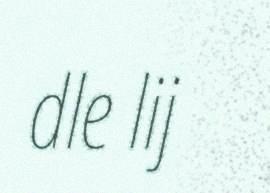
dle lij